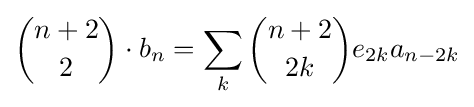
{\binom {n+2}{2}}\cdot b_{n}=\sum _{k}{\binom {n+2}{2k}}e_{2k}a_{n-2k}